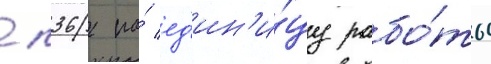
п36 на́ ед'ин'и́цу рабо́ты